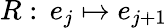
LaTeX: R:\, e_{j}\mapsto e_{j+1}